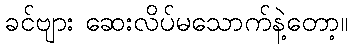
ခင်ဗျား ဆေးလိပ်မသောက်နဲ့တော့။